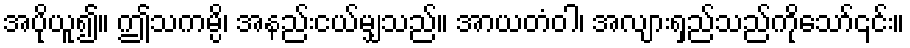
အပိုယူ၍။ ဤသကမ္ပိ၊ အနည်းငယ်မျှသည်။ အာယတံဝါ၊ အလျားရှည်သည်ကိုသော်၎င်း။